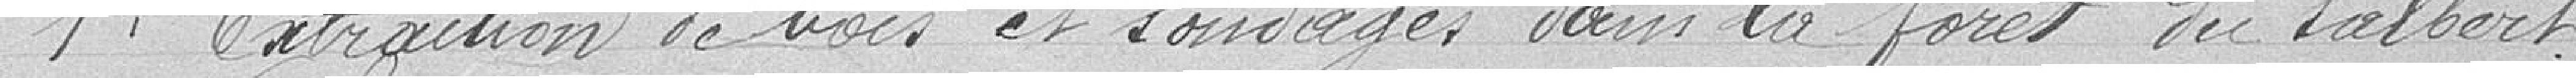
1°. Extraction et sondages dans la forêt du Salbert